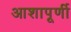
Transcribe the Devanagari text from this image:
आशापूर्णी